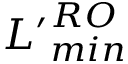
{ L ^ { \prime } } _ { m i n } ^ { R O }